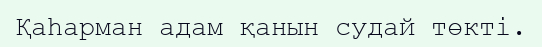
Қаһарман адам қанын судай төкті.